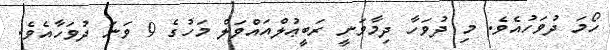
ހޯމަ ދުވަހުއެވެ. މި ދުވަހާ ދިމާވަނީ ރަބީޢުލްއައްވަލް މަހުގެ 9 ވަނަ ދުވަހާއެވެ.